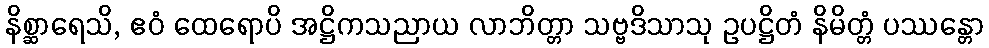
နိစ္ဆာရေသိ, ဧဝံ ထေရောပိ အဋ္ဌိကသညာယ လာဘိတ္တာ သဗ္ဗဒိသာသု ဥပဋ္ဌိတံ နိမိတ္တံ ပဿန္တော